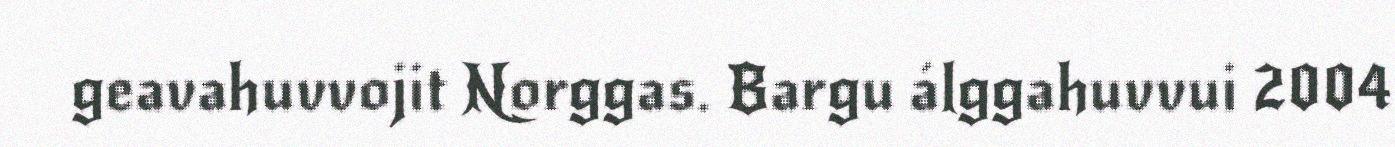
geavahuvvojit Norggas. Bargu álggahuvvui 2004